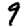
Digit: 9